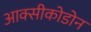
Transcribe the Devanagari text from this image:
आक्सीकोडोन